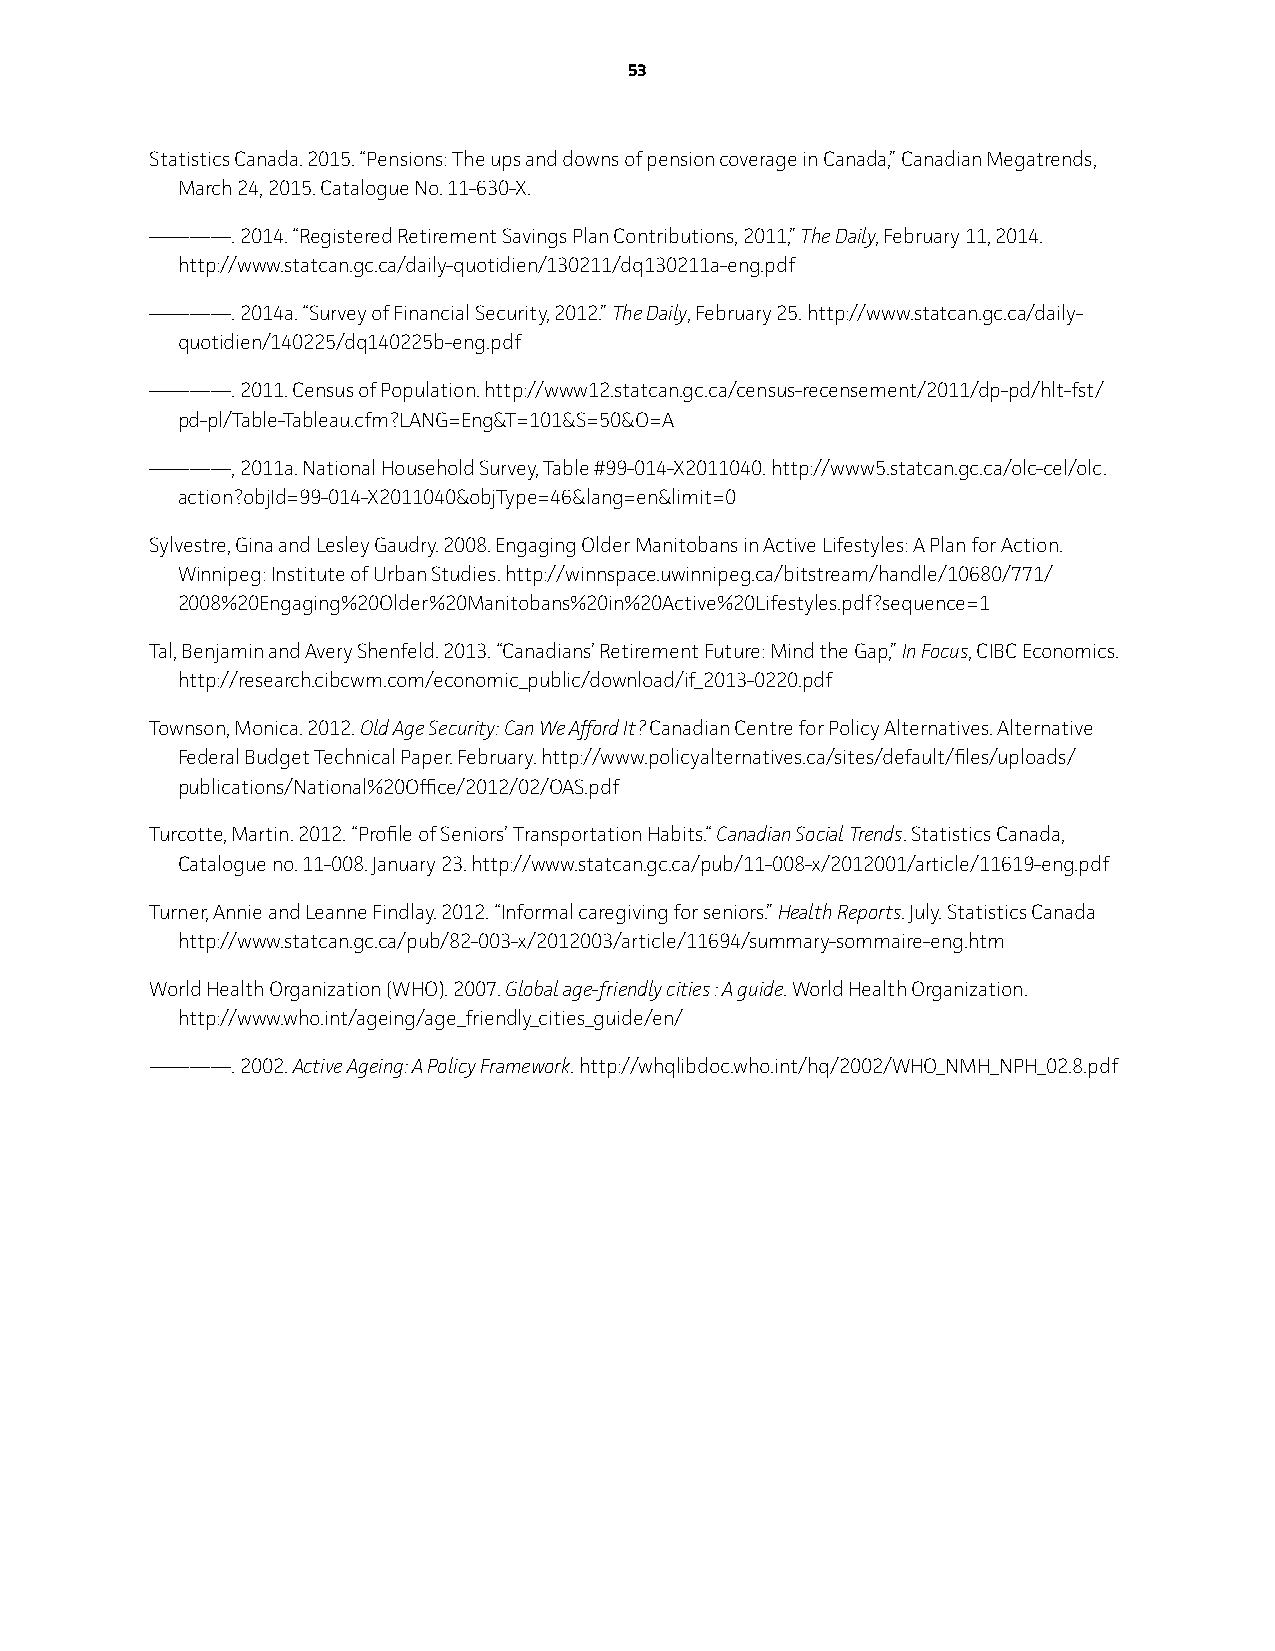
5533
 Statistics Canada. 2015. “Pensions: The ups and downs of pension coverage in Canada,” Canadian Megatrends,
 March 24, 2015. Catalogue No. 11-630-X.
 ————. 2014. “Registered Retirement Savings Plan Contributions, 2011,” The Daily, February 11, 2014.
 http://www.statcan.gc.ca/daily-quotidien/130211/dq130211a-eng.pdf
 ————. 2014a. “Survey of Financial Security, 2012.” The Daily, February 25. http://www.statcan.gc.ca/daily-
 quotidien/140225/dq140225b-eng.pdf
 ————. 2011. Census of Population. http://www12.statcan.gc.ca/census-recensement/2011/dp-pd/hlt-fst/
 pd-pl/Table-Tableau.cfm?LANG=Eng&T=101&S=50&O=A
 ————, 2011a. National Household Survey, Table #99-014-X2011040. http://www5.statcan.gc.ca/olc-cel/olc.
 action?objid=99-014-X2011040&objType=46&lang=en&limit=0
 Sylvestre, Gina and Lesley Gaudry. 2008. Engaging Older Manitobans in Active Lifestyles: A Plan for Action.
 winnipeg: institute of urban Studies. http://winnspace.uwinnipeg.ca/bitstream/handle/10680/771/
 2008%20Engaging%20Older%20Manitobans%20in%20Active%20Lifestyles.pdf?sequence=1
 Tal, Benjamin and Avery Shenfeld. 2013. “Canadians’ Retirement Future: Mind the Gap,” In Focus, CiBC Economics.
 http://research.cibcwm.com/economic_public/download/if_2013-0220.pdf
 Townson, Monica. 2012. Old Age Security: Can We Afford It? Canadian Centre for Policy Alternatives. Alternative
 Federal Budget Technical Paper. February. http://www.policyalternatives.ca/sites/default/files/uploads/
 publications/National%20Office/2012/02/OAS.pdf
 Turcotte, Martin. 2012. “Profile of Seniors’ Transportation Habits.“ Canadian Social Trends. Statistics Canada,
 Catalogue no. 11-008. January 23. http://www.statcan.gc.ca/pub/11-008-x/2012001/article/11619-eng.pdf
 Turner, Annie and Leanne Findlay. 2012. “informal caregiving for seniors.” Health Reports. July. Statistics Canada
 http://www.statcan.gc.ca/pub/82-003-x/2012003/article/11694/summary-sommaire-eng.htm
 world Health Organization (wHO). 2007. Global age-friendly cities : A guide. world Health Organization.
 http://www.who.int/ageing/age_friendly_cities_guide/en/
 ————. 2002. Active Ageing: A Policy Framework. http://whqlibdoc.who.int/hq/2002/wHO_NMH_NPH_02.8.pdf